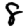
Digit: 8